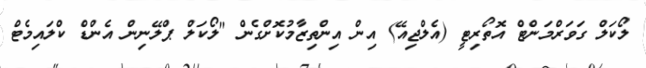
ލޯކަލް ގަވަރްމަންޓް އޮތޯރިޓީ (އެލްޖިއޭ) އިން އިންތިޒާމުކޮށްގެން "ލޯކަލް ޕްލޭނިން އެންޑް ކްލައިމެޓް